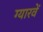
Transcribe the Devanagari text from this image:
ग्‍यारवें